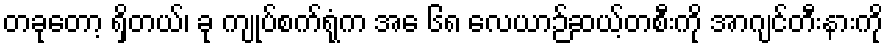
တခုတော့ ရှိတယ်၊ ခု ကျုပ်စက်ရုံက အေ ၆၈ လေယာဉ်ဆယ့်တစီးကို အာဂျင်တီးနားကို